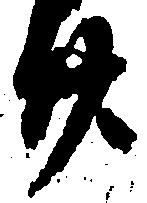
廿